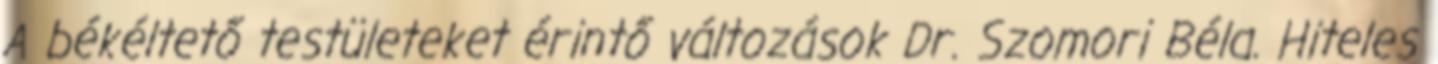
A békéltető testületeket érintő változások Dr. Szomori Béla. Hiteles